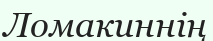
Ломакиннің